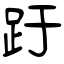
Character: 趶